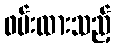
ဖမ်းထားသည့်